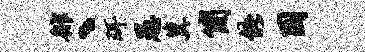
徘、珥愚冀简能困